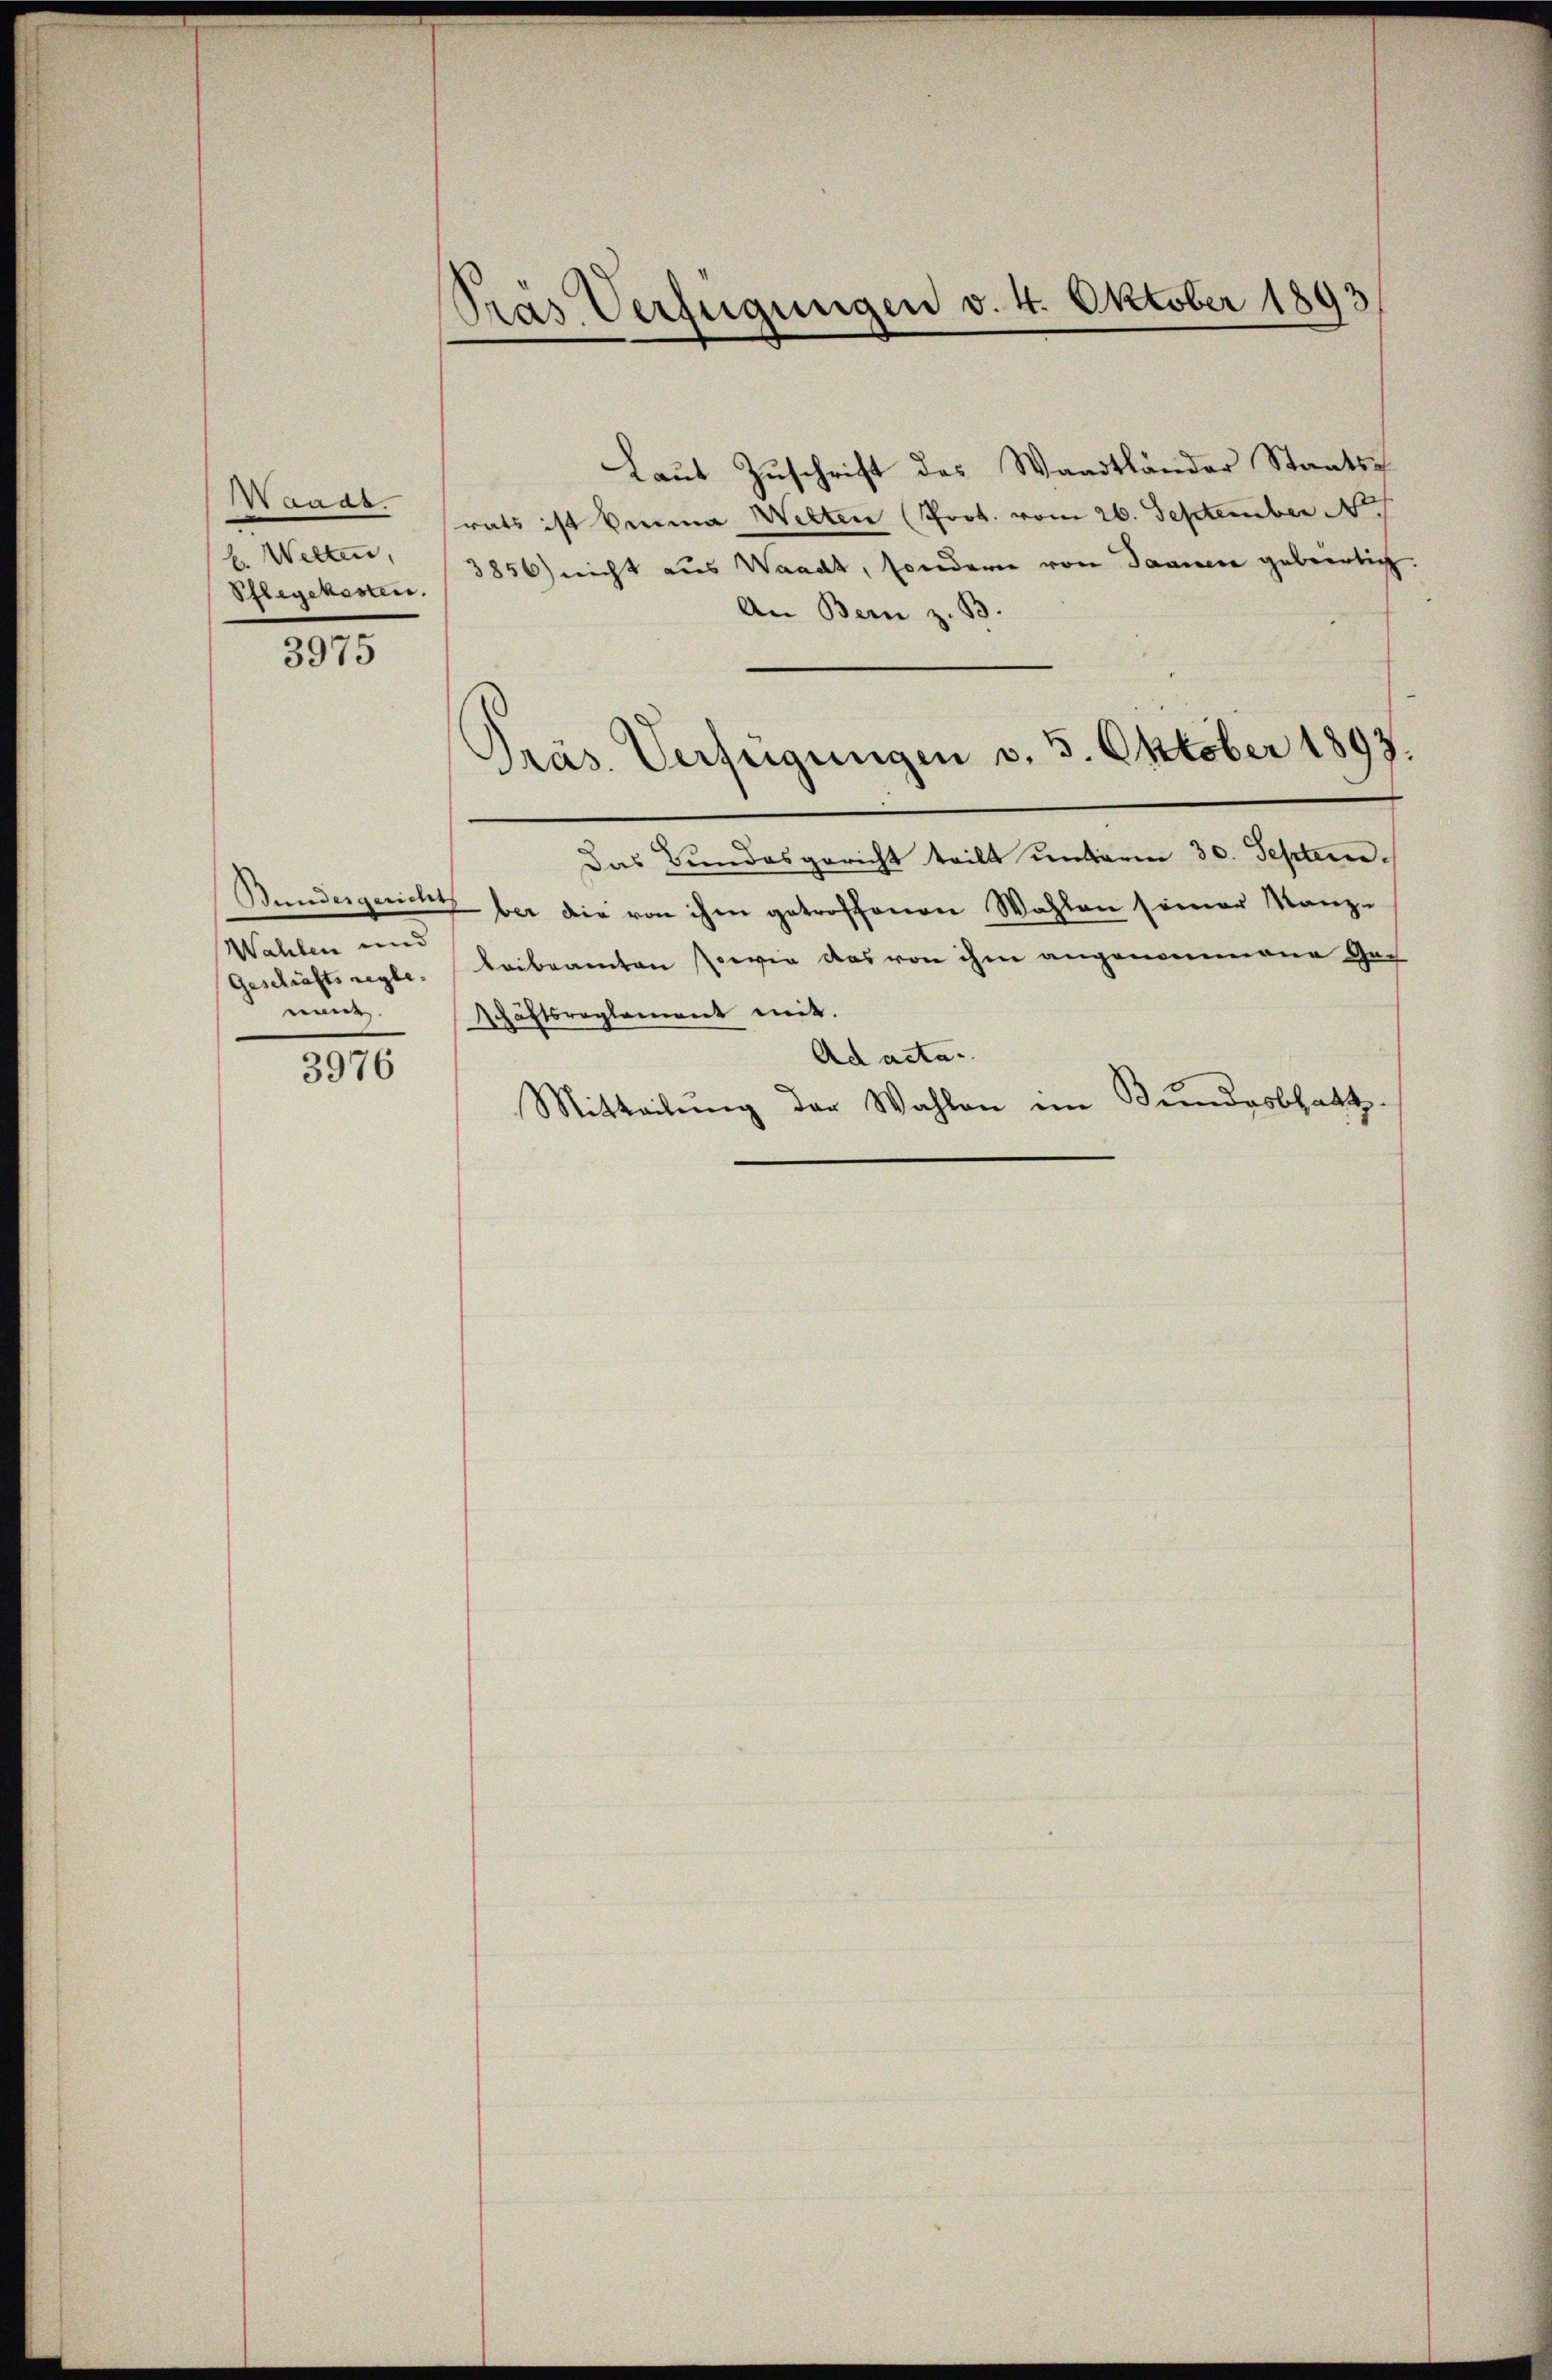
aaar.
b. Welten,

3975

Bundesgerichts
Wahlen und
Geschäfts regle.
ean

3976

Pras Verfügungen v. 4. Oktober 1893

Laut Zuschrift des Waadtländer Staats-
rats ist kanna Welten (Prot. vom 26. September
Pflegekoster.     3850) nicht aus Waadt, sondern von Saanen geberlich
An Bern z. B.
Das Bundesgericht teilt ŭnterm 30. Septem
ber die von ihm getroffenen Wahlen seiner Manz-
leibeamten sowie das von ihm angenommene Ge-
schäftsreglement mit.
Ad acta.
Mitteilung der Wahlen im Bundesblatt

Präs. Verfügungen v. 3. Oktober 1893.